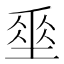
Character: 𡍮